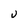
Character: U